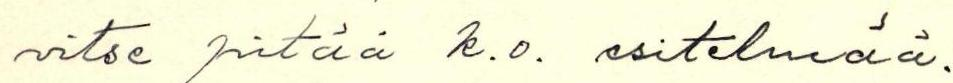
vitse pitää k.o. esitelmää.